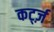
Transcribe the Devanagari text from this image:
कर्ट्ज़